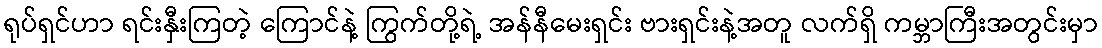
ရုပ်ရှင်ဟာ ရင်းနှီးကြတဲ့ ကြောင်နဲ့ ကြွက်တို့ရဲ့ အန်နီမေးရှင်း ဗားရှင်းနဲ့အတူ လက်ရှိ ကမ္ဘာကြီးအတွင်းမှာ